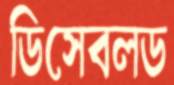
ডিসেবলড